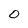
Character: O